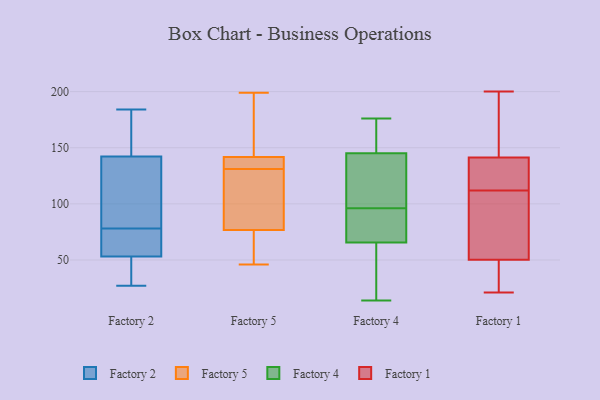
{"axis": {"x": "Conversion Rate (%)", "y": "Value"}, "legend": ["Factory 1", "Factory 2", "Factory 4", "Factory 5"], "data": [{"x": "", "y": 72, "type": "Factory 2"}, {"x": "", "y": 54, "type": "Factory 2"}, {"x": "", "y": 50, "type": "Factory 2"}, {"x": "", "y": 139, "type": "Factory 2"}, {"x": "", "y": 27, "type": "Factory 2"}, {"x": "", "y": 109, "type": "Factory 2"}, {"x": "", "y": 56, "type": "Factory 2"}, {"x": "", "y": 78, "type": "Factory 2"}, {"x": "", "y": 171, "type": "Factory 2"}, {"x": "", "y": 184, "type": "Factory 2"}, {"x": "", "y": 127, "type": "Factory 2"}, {"x": "", "y": 29, "type": "Factory 2"}, {"x": "", "y": 152, "type": "Factory 2"}, {"x": "", "y": 51, "type": "Factory 5"}, {"x": "", "y": 117, "type": "Factory 5"}, {"x": "", "y": 156, "type": "Factory 5"}, {"x": "", "y": 131, "type": "Factory 5"}, {"x": "", "y": 46, "type": "Factory 5"}, {"x": "", "y": 113, "type": "Factory 5"}, {"x": "", "y": 59, "type": "Factory 5"}, {"x": "", "y": 98, "type": "Factory 5"}, {"x": "", "y": 70, "type": "Factory 5"}, {"x": "", "y": 137, "type": "Factory 5"}, {"x": "", "y": 199, "type": "Factory 5"}, {"x": "", "y": 132, "type": "Factory 5"}, {"x": "", "y": 135, "type": "Factory 5"}, {"x": "", "y": 79, "type": "Factory 5"}, {"x": "", "y": 133, "type": "Factory 5"}, {"x": "", "y": 194, "type": "Factory 5"}, {"x": "", "y": 172, "type": "Factory 5"}, {"x": "", "y": 176, "type": "Factory 4"}, {"x": "", "y": 148, "type": "Factory 4"}, {"x": "", "y": 62, "type": "Factory 4"}, {"x": "", "y": 175, "type": "Factory 4"}, {"x": "", "y": 142, "type": "Factory 4"}, {"x": "", "y": 74, "type": "Factory 4"}, {"x": "", "y": 122, "type": "Factory 4"}, {"x": "", "y": 52, "type": "Factory 4"}, {"x": "", "y": 106, "type": "Factory 4"}, {"x": "", "y": 86, "type": "Factory 4"}, {"x": "", "y": 69, "type": "Factory 4"}, {"x": "", "y": 14, "type": "Factory 4"}, {"x": "", "y": 54, "type": "Factory 1"}, {"x": "", "y": 21, "type": "Factory 1"}, {"x": "", "y": 25, "type": "Factory 1"}, {"x": "", "y": 120, "type": "Factory 1"}, {"x": "", "y": 37, "type": "Factory 1"}, {"x": "", "y": 148, "type": "Factory 1"}, {"x": "", "y": 196, "type": "Factory 1"}, {"x": "", "y": 90, "type": "Factory 1"}, {"x": "", "y": 144, "type": "Factory 1"}, {"x": "", "y": 133, "type": "Factory 1"}, {"x": "", "y": 78, "type": "Factory 1"}, {"x": "", "y": 112, "type": "Factory 1"}, {"x": "", "y": 147, "type": "Factory 1"}, {"x": "", "y": 59, "type": "Factory 1"}, {"x": "", "y": 118, "type": "Factory 1"}, {"x": "", "y": 39, "type": "Factory 1"}, {"x": "", "y": 200, "type": "Factory 1"}, {"x": "", "y": 119, "type": "Factory 1"}, {"x": "", "y": 49, "type": "Factory 1"}]}